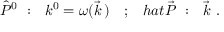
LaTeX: \hat { P } ^ { 0 } \ : \ \ k ^ { 0 } = \omega ( \vec { k } \, ) \ \ \ ; \ \ \, h a t { \vec { P } } \ : \ \ \vec { k } \ .